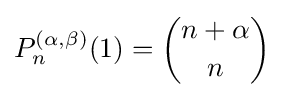
P_{n}^{(\alpha ,\beta )}(1)={n+\alpha  \choose n}